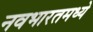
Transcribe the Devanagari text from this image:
नवभारतमध्ये